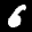
Label: 6